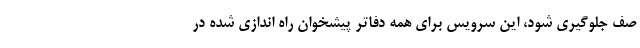
صف جلوگیری شود، این سرویس برای همه دفاتر پیشخوان راه اندازی شده در